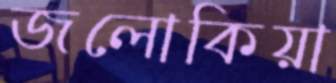
জলোকিয়া